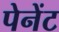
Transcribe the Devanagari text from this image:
पेनेंट